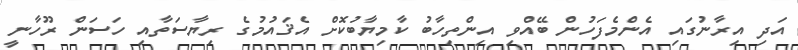
އަދި އިރާނުގައި އެންމެފަހުން ބޭއްވި އިންތިހާބު ކާމިޔާބުކޮށް އެޤައުމުގެ ރިޔާސަތާއި ހަސަން ރޫހާނީ